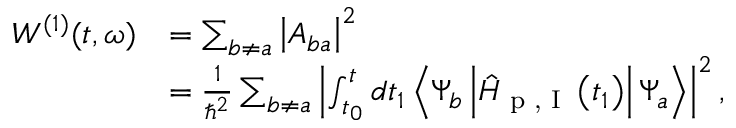
\begin{array} { r l } { W ^ { ( 1 ) } ( t , \omega ) } & { = \sum _ { b \neq a } \left| A _ { b a } \right| ^ { 2 } } \\ & { = \frac { 1 } { \hbar ^ { 2 } } \sum _ { b \neq a } \left| \int _ { t _ { 0 } } ^ { t } d t _ { 1 } \left\langle \Psi _ { b } \left| \hat { H } _ { \textrm { p , I } } \left( t _ { 1 } \right) \right| \Psi _ { a } \right\rangle \right| ^ { 2 } , } \end{array}